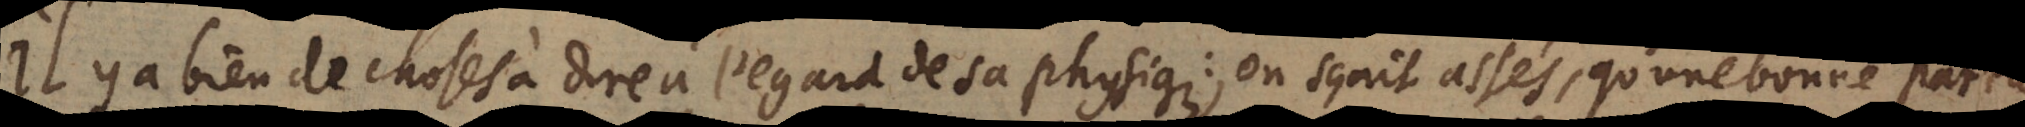
Il y a bien de choses à dire à l’egard de sa physique: on sçait assés, qu’une partie bonne partie